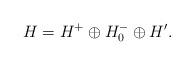
LaTeX: \begin{align*}H= H^+ \oplus H^-_0 \oplus H'.\end{align*}